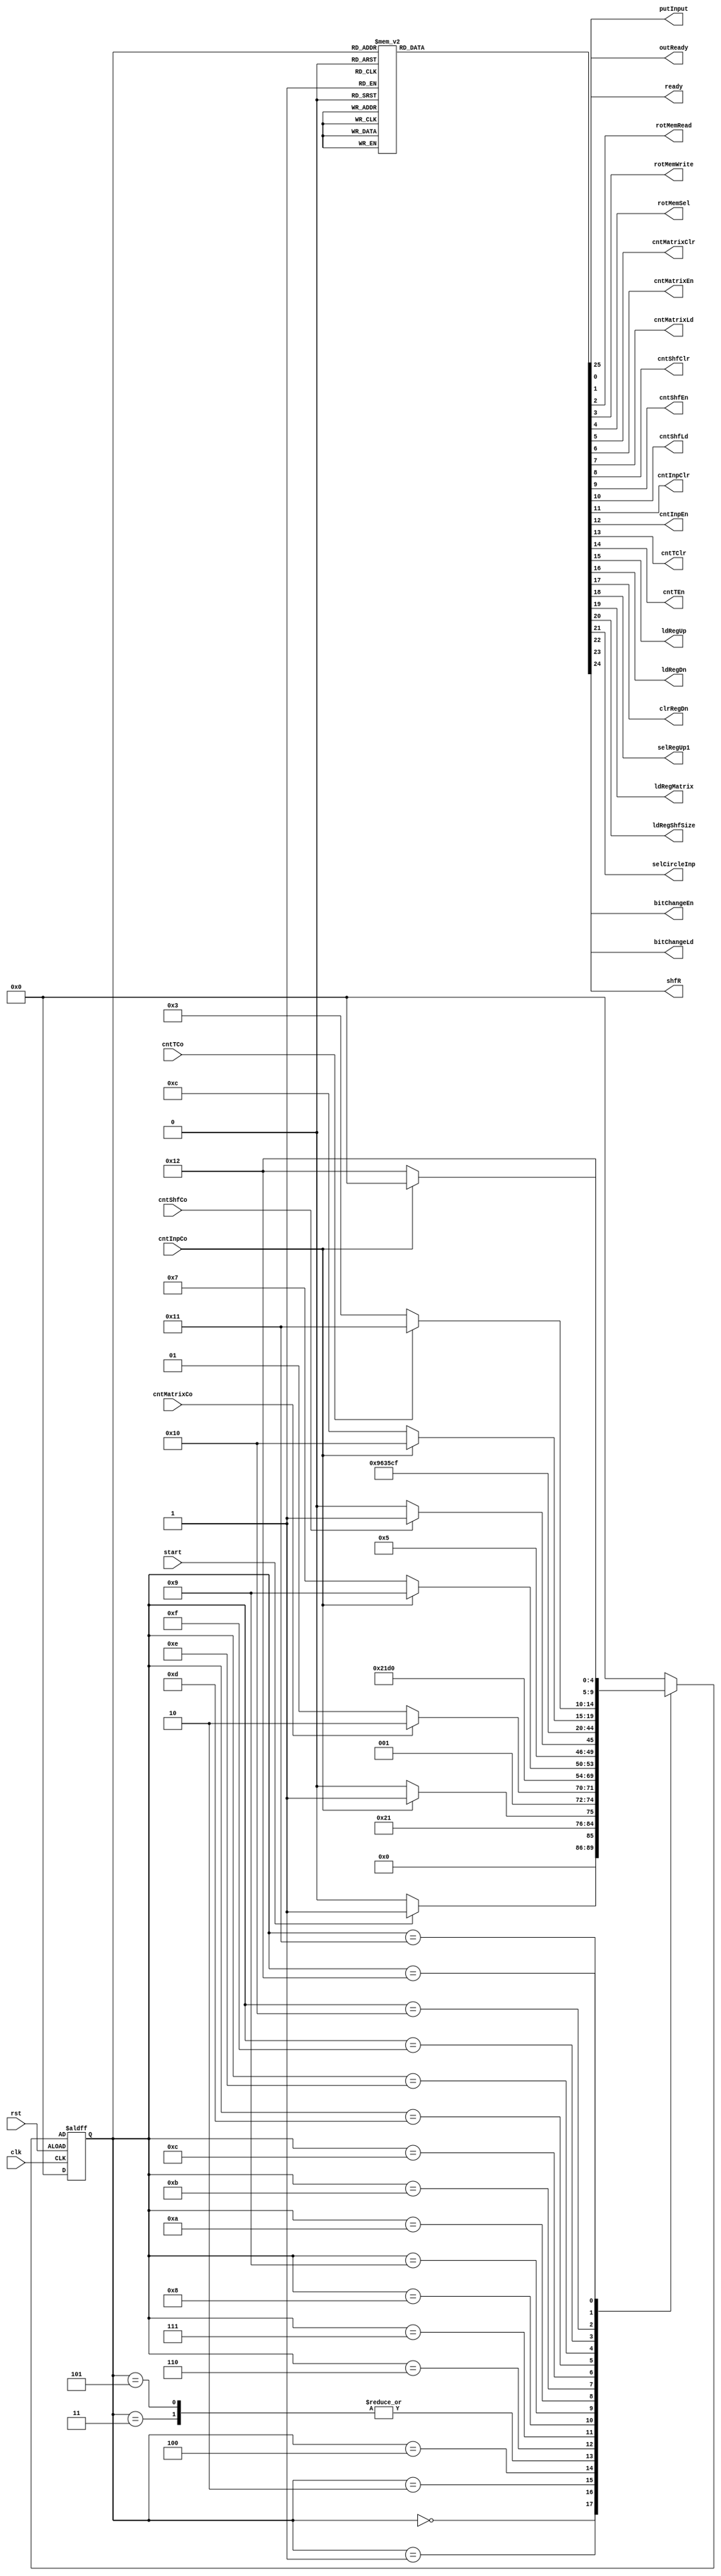
module RotateController (clk, rst, start, cntMatrixCo, cntInpCo, cntShfCo, cntTCo,
                         ready, putInput, outReady,
                         rotMemRead, rotMemWrite, rotMemSel,
                         cntMatrixClr, cntMatrixEn, cntMatrixLd,
                         cntShfClr, cntShfEn, cntShfLd,
                         cntInpClr, cntInpEn,
                         cntTClr, cntTEn,
                         ldRegUp, ldRegDn, clrRegDn, selRegUp1,
                         ldRegMatrix, ldRegShfSize, selCircleInp, shfR, bitChangeLd, bitChangeEn);
    localparam Idle        = 5'd0,  Init        = 5'd1,  LoadMem     = 5'd2,
               Start       = 5'd3,  MatrixCnt   = 5'd4,  MatrixCalc  = 5'd5,
               LoadRegs    = 5'd6,  ShifterFill = 5'd7,  ShifterNext = 5'd8,
               ShiftCnt    = 5'd9,  Shift       = 5'd10, RstCntInp   = 5'd11,
               ChangeBitLd = 5'd12, ChangeBit   = 5'd13, WriteBack   = 5'd14,
               InputNext   = 5'd15, NextT       = 5'd16, OutReady    = 5'd17,
               Output      = 5'd18;

    input clk, rst;
    input start, cntMatrixCo, cntInpCo, cntShfCo, cntTCo;
    output reg ready, putInput, outReady;
    output reg rotMemRead, rotMemWrite, rotMemSel;
    output reg cntMatrixClr, cntMatrixEn, cntMatrixLd;
    output reg cntShfClr, cntShfEn, cntShfLd;
    output reg cntInpClr, cntInpEn;
    output reg cntTClr, cntTEn;
    output reg ldRegUp, ldRegDn, clrRegDn, selRegUp1;
    output reg ldRegMatrix, ldRegShfSize, selCircleInp, shfR, bitChangeLd, bitChangeEn;

    reg [4:0] pstate, nstate;

    always @(pstate or start or cntMatrixCo or cntShfCo or cntInpCo or cntTCo) begin
        nstate = Idle;
        case (pstate)
            Idle:        nstate = start ? Init : Idle;
            Init:        nstate = LoadMem;
            LoadMem:     nstate = cntInpCo ? Start : LoadMem;
            Start:       nstate = MatrixCnt;
            MatrixCnt:   nstate = cntMatrixCo ? LoadRegs : MatrixCalc;
            MatrixCalc:  nstate = MatrixCnt;
            LoadRegs:    nstate = ShifterFill;
            ShifterFill: nstate = ShifterNext;
            ShifterNext: nstate = cntInpCo ? ShiftCnt : ShifterFill;
            ShiftCnt:    nstate = cntShfCo ? RstCntInp : Shift;
            Shift:       nstate = ShiftCnt;
            RstCntInp:   nstate = ChangeBitLd;
            ChangeBitLd: nstate = ChangeBit;
            ChangeBit:   nstate = WriteBack;
            WriteBack:   nstate = InputNext;
            InputNext:   nstate = cntInpCo ? NextT : ChangeBitLd;
            NextT:       nstate = cntTCo ? OutReady : Start;
            OutReady:    nstate = Output;
            Output:      nstate = cntInpCo ? Idle : Output;
            default:;
        endcase
    end

    always @(pstate) begin
        {ready, putInput, outReady} = 4'd0;
        {rotMemRead, rotMemWrite, rotMemSel} = 3'd0;
        {cntMatrixClr, cntMatrixEn, cntMatrixLd} = 3'd0;
        {cntShfClr, cntShfEn, cntShfLd} = 3'd0;
        {cntInpClr, cntInpEn} = 2'd0;
        {cntTClr, cntTEn} = 2'd0;
        {ldRegUp, ldRegDn, clrRegDn, selRegUp1} = 4'd0;
        {ldRegMatrix, ldRegShfSize, selCircleInp, shfR, bitChangeLd, bitChangeEn} = 6'd0;

        case (pstate)
            Idle: ready = 1'b1;
            Init: begin
                {cntMatrixClr, cntShfClr, cntInpClr, cntTClr} = 4'b1111;
                {clrRegDn, ldRegUp, selRegUp1, putInput} = 4'b1111;
            end
            LoadMem: {rotMemWrite, rotMemSel, cntInpEn} = 3'b101;
            Start: begin
                {cntMatrixLd, ldRegShfSize, cntInpClr} = 3'b111;
                {clrRegDn, ldRegUp, selRegUp1} = 3'b111;
            end
            MatrixCnt: cntMatrixEn = 1'b1;
            MatrixCalc: {ldRegUp, ldRegDn, selRegUp1} = 3'b110;
            LoadRegs: {ldRegMatrix, cntShfLd, rotMemRead} = 3'b111;
            ShifterFill: {shfR, selCircleInp} = 2'b11;
            ShifterNext: {cntInpEn, rotMemRead} = 2'b11;
            ShiftCnt: cntShfEn = 1'b1;
            Shift: {shfR, selCircleInp} = 2'b10;
            RstCntInp: cntInpClr = 1'b1;
            ChangeBitLd: {bitChangeLd, rotMemRead} = 2'b11;
            ChangeBit: bitChangeEn = 1'b1;
            WriteBack: {rotMemWrite, rotMemSel} = 2'b11;
            InputNext: {cntInpEn, shfR} = 2'b11;
            NextT: cntTEn = 1'b1;
            OutReady: {outReady, cntInpClr, rotMemRead} = 3'b111;
            Output: {cntInpEn, rotMemRead} = 2'b11;
            default:;
        endcase
    end

    always @(posedge clk or negedge rst) begin
        if (rst)
            pstate <= Idle;
        else
            pstate <= nstate;
    end
endmodule